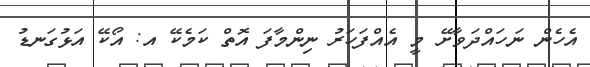
އެހެން ނަހައްދަވާށޭ މީ އެއްފަހަރު ނިންމާފަ އޮތް ކަމެކޭ އ: އޯކޭ އަޅުގަނޑު